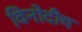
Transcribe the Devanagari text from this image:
विनोदीच